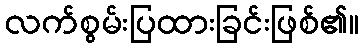
လက်စွမ်းပြထားခြင်းဖြစ်၏။